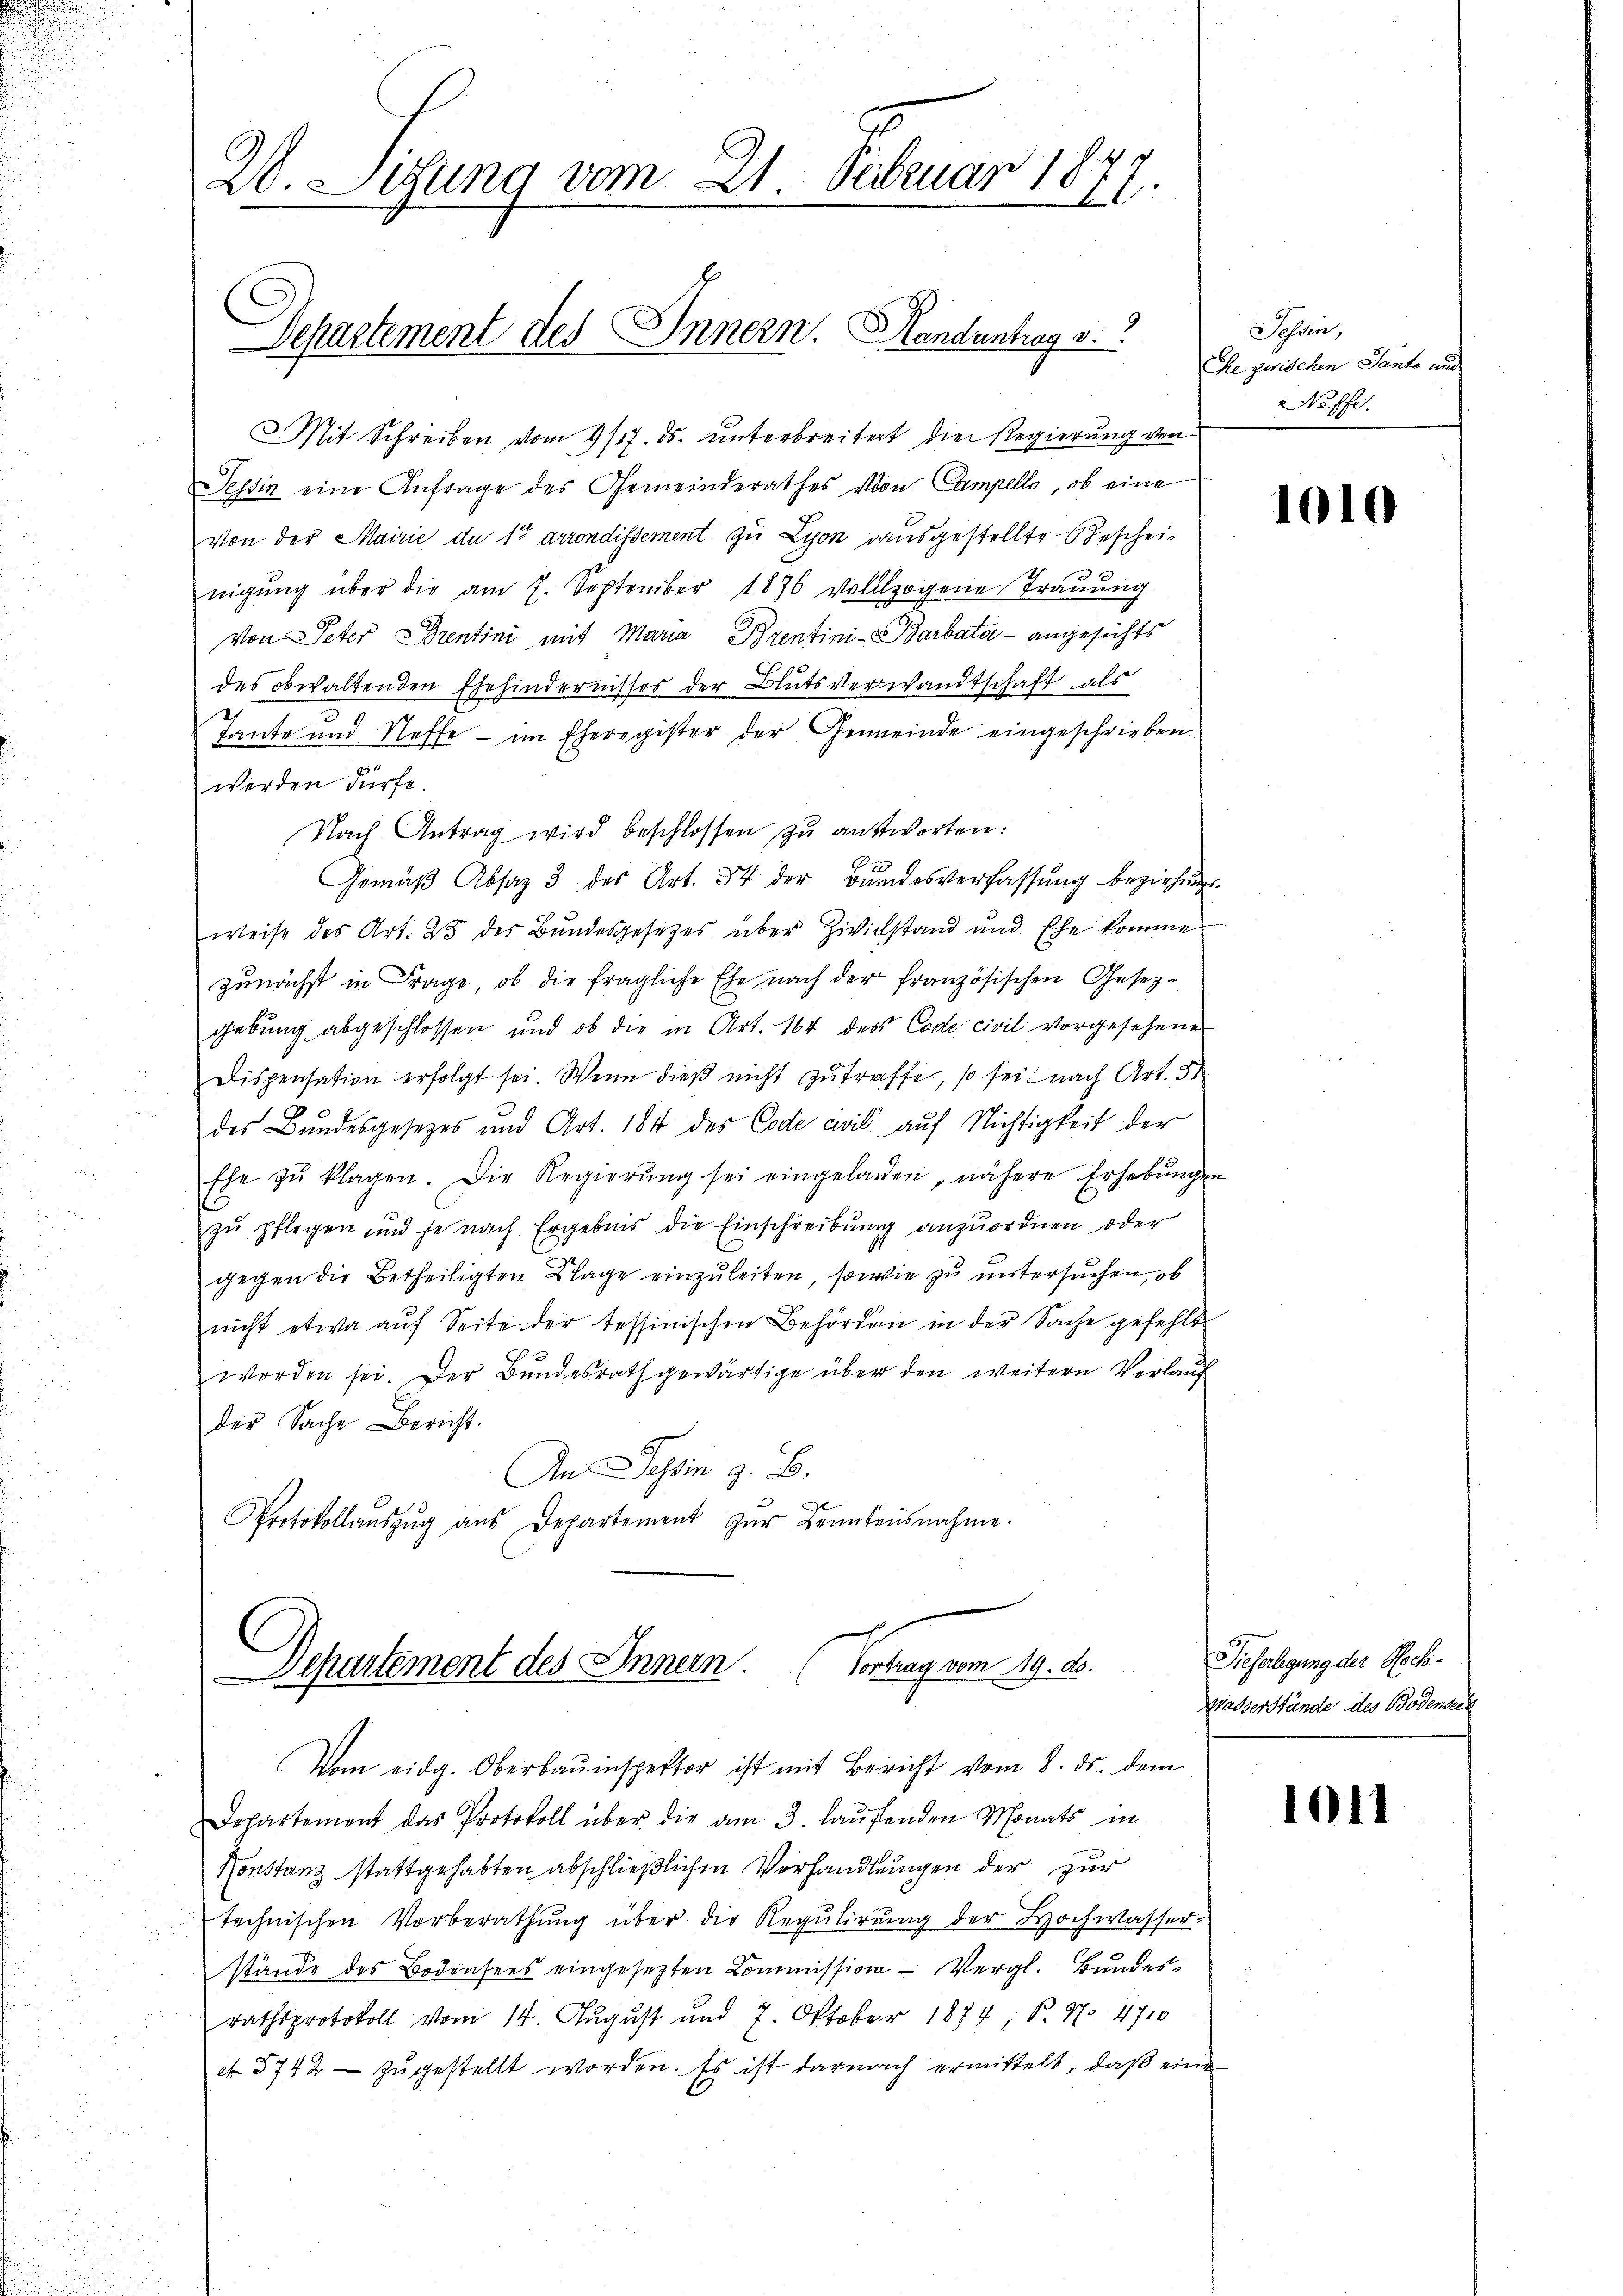
.

20. Sitzung vom 21. Februar 1877.

Mit Schreiben vom 9/17. ds. unterbreitet die Regierung von
Tessin eine Anfrage des Gemeinderathes von Campello, ob eine
Von der Mairie du 1t arrondissement zu Lyon ausgestellte Bescheinigŭng über die am 7. September 1876 vollzogene Trauung
Von Peter Brentini mit Maria Prentini - Barbata - angesichts
des obwaltenden Ehehindernisses der Blutsverwandtschaft als
Tante und Steffe - im Eheregister der Gemeinde eingeschrieben
werden dürfe.
Nach Antrag wird beschlossen zu antworten:
Gemäβ Absaz 3 des Art. 34 der Bŭndesverfassŭng beziehŭngs-
weise des Art. 23 des Bundesgesetzes über Zivilstand und Ehe komme
zunächst in Frage, ob die fragliche Ehe nach der französischen Gesezgebung abgeschlossen und ob die in Art. 164 des Code civil vorgesehene
Dispensation erfolgt sei. Wenn dieβ nicht zutraffe, so sei nach Art. 5.
des Bundesgesetzes und Art. 184 des Code crill auf Nichtigkeit der
Ehe zŭ klagen. Die Regierŭng sei eingeladen, nähere Erhebŭngen
zu pflegen und je nach Ergebnis die Einschreibung anzuordnen oder
gegen die Betheiligten Klage einzuleiten, sowie zu untersuchen, ob
nicht etwa aŭf Seite der tessinischen Behörden in der Sache gefehlt
worden sei. Der Bundesrath gewärtige über den weitern Verlauf
der Sache Bericht.
An Tessin z. B.
Protokollaŭszŭg aŭs Departement zŭr Beantensnahme.

Departement des Innern. Landantrag v.

Dchartement des Innern (Vortrag vom 19. d.

Vom eidg. Oberbauinspektor ist mit Bericht vom 8. ds. dem
Departement das Protokoll über die am 3. laŭfenden Monats in
Konstanz stattgehabten abschließlichen Verhandlungen der zur
technischen Vorberathung über die Regulirung der Hochwasser
stände des Bodensees eingesetzten Commission Vergl. Bundesrathsprotokoll vom 14. August und 7. Oktober 1874 P. Nr. 4710
ct 5742- zŭgestellt worden. Es ist darnach ermittelt, daβ eine

Sohin,
Ehe zwischen Tante und
Neffe.

1010

Gieferlegung der Hoch¬
Wasserstände des Bodensein

1011